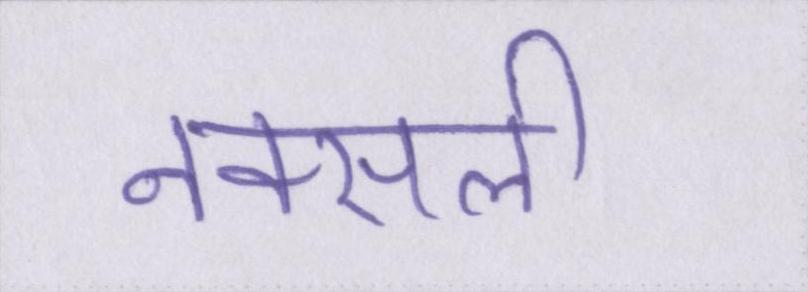
नक्सली